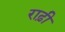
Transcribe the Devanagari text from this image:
राढ़ी